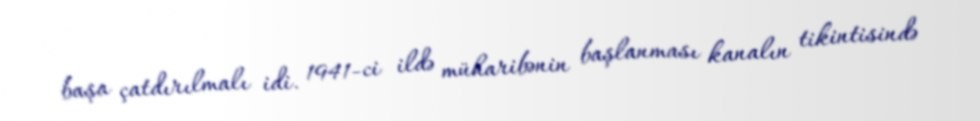
başa çatdırılmalı idi. 1941-ci ildə müharibənin başlanması kanalın tikintisində